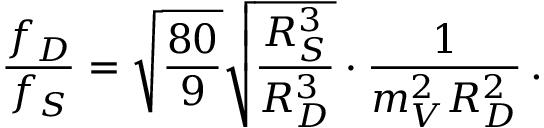
{ \frac { f _ { D } } { f _ { S } } } = \sqrt { \frac { 8 0 } { 9 } } \sqrt { \frac { R _ { S } ^ { 3 } } { R _ { D } ^ { 3 } } } \cdot { \frac { 1 } { m _ { V } ^ { 2 } R _ { D } ^ { 2 } } } \, .